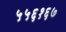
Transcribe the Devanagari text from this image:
५५६१६७